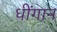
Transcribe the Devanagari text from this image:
धींगान